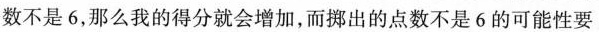
数不是6，那么我的得分就会增加，而挪出的点数不是6的可能性要